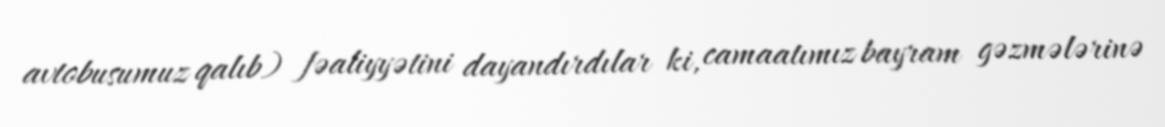
avtobusumuz qalıb) fəaliyyətini dayandırdılar ki, camaatımız bayram gəzmələrinə